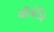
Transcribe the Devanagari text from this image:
वॉलंटीर